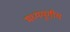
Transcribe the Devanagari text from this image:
मध्ययुगीय